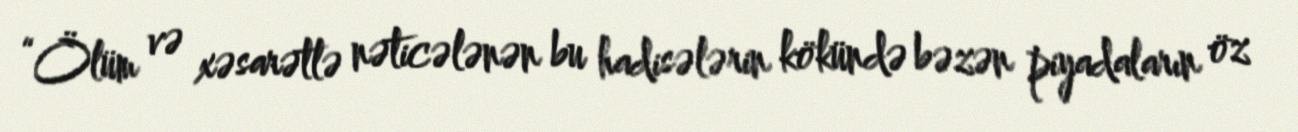
“Ölüm və xəsarətlə nəticələnən bu hadisələrin kökündə bəzən piyadaların öz